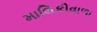
માલિકીવાળા